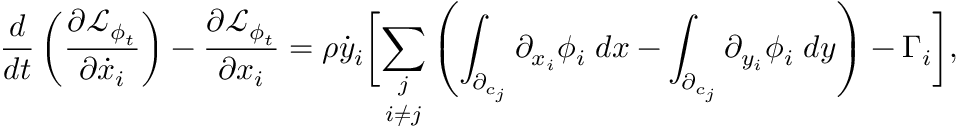
\frac { d } { d t } \left( \frac { \partial \mathcal { L } _ { \phi _ { t } } } { \partial \dot { x } _ { i } } \right) - \frac { \partial \mathcal { L } _ { \phi _ { t } } } { \partial x _ { i } } = \rho \dot { y } _ { i } \biggr [ \underset { i \neq j } { \sum _ { j } } \left( \int _ { \partial _ { c _ { j } } } \partial _ { x _ { i } } \phi _ { i } \; d x - \int _ { \partial _ { c _ { j } } } \partial _ { y _ { i } } \phi _ { i } \; d y \right) - \Gamma _ { i } \biggr ] ,